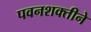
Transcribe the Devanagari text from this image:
पवनशक्तीने